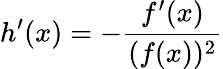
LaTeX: h^{\prime}(x)=-{\frac{f^{\prime}(x)}{(f(x))^{2}}}